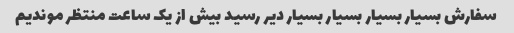
سفارش بسیار بسیار بسیار بسیار دیر رسید بیش از یک ساعت منتظر موندیم